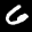
Label: 6